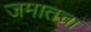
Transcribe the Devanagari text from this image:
जमातचा